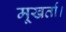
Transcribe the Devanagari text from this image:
मूखर्ता।